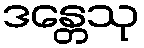
ဒန္တေသု